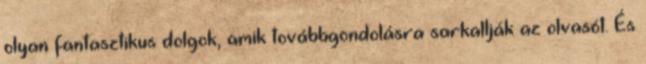
olyan fantasztikus dolgok, amik továbbgondolásra sarkallják az olvasót. És